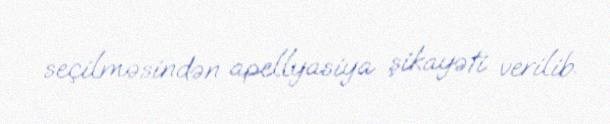
seçilməsindən apellyasiya şikayəti verilib.